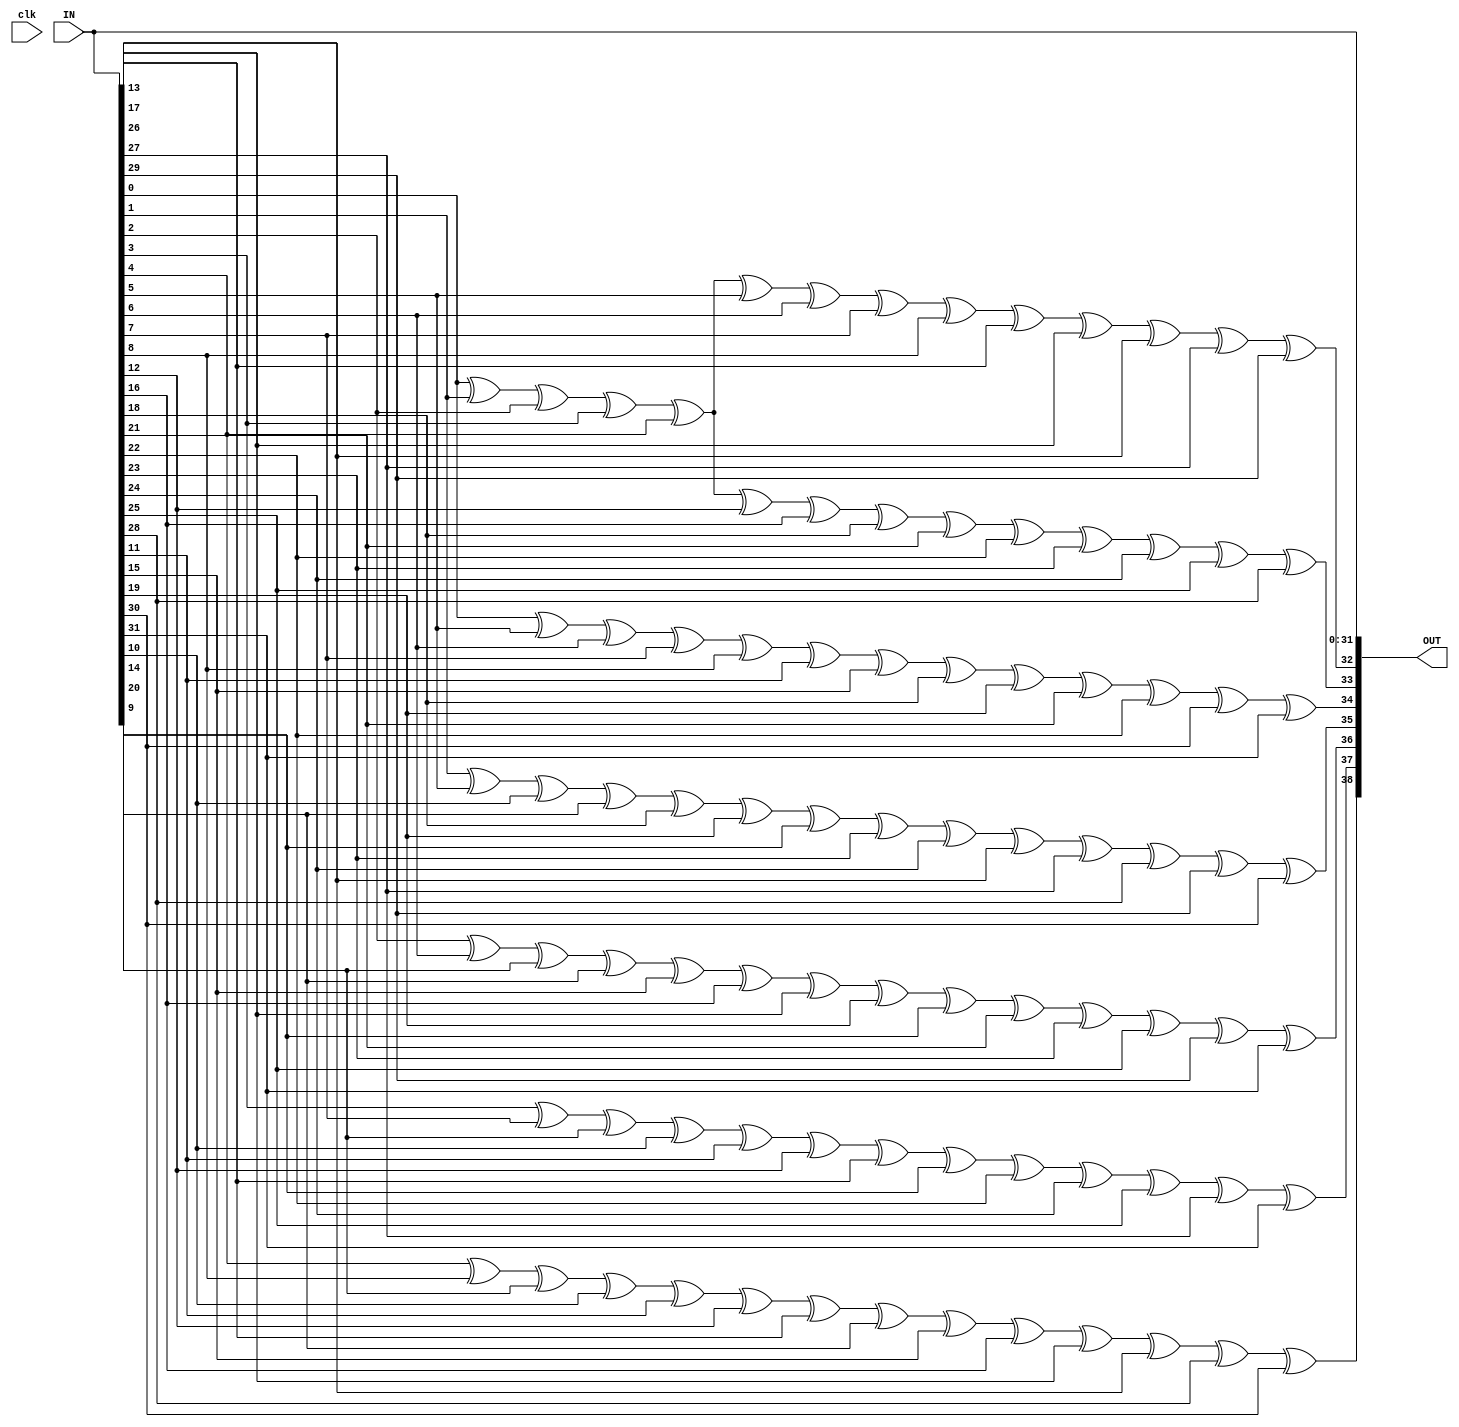
//
// Encoder for 32 bit SEC-DED
//
//

module enc_top (
    input [31:0] IN, 
    output reg [38:0] OUT,
    input clk   
);

    always @(*) begin
       OUT[31:0] <= IN[31:0];
       OUT[32] <= IN[0] ^ IN[1] ^ IN[2] ^ IN[3] ^ IN[4] ^ IN[5] ^ IN[6] ^ IN[7] ^ IN[8] ^ IN[13] ^ IN[17] ^ IN[26] ^ IN[27] ^ IN[29];
       OUT[33] <= IN[0] ^ IN[1] ^ IN[2] ^ IN[3] ^ IN[4] ^ IN[12] ^ IN[16] ^ IN[18] ^ IN[21] ^ IN[22] ^ IN[23] ^ IN[24] ^ IN[25] ^ IN[28];
       OUT[34] <= IN[0] ^ IN[5] ^ IN[6] ^ IN[7] ^ IN[8] ^ IN[11] ^ IN[15] ^ IN[18] ^ IN[19] ^ IN[21] ^ IN[22] ^ IN[30] ^ IN[31];
       OUT[35] <= IN[1] ^ IN[5] ^ IN[10] ^ IN[14] ^ IN[18] ^ IN[19] ^ IN[20] ^ IN[23] ^ IN[24] ^ IN[26] ^ IN[27] ^ IN[28] ^ IN[29] ^ IN[30];
       OUT[36] <= IN[2] ^ IN[6] ^ IN[9] ^ IN[14] ^ IN[15] ^ IN[16] ^ IN[17] ^ IN[19] ^ IN[20] ^ IN[21] ^ IN[23] ^ IN[25] ^ IN[29] ^ IN[31];
       OUT[37] <= IN[3] ^ IN[7] ^ IN[9] ^ IN[10] ^ IN[11] ^ IN[12] ^ IN[13] ^ IN[20] ^ IN[22] ^ IN[24] ^ IN[25] ^ IN[27] ^ IN[31];
       OUT[38] <= IN[4] ^ IN[8] ^ IN[9] ^ IN[10] ^ IN[11] ^ IN[12] ^ IN[13] ^ IN[14] ^ IN[15] ^ IN[16] ^ IN[17] ^ IN[26] ^ IN[28] ^ IN[30];
    end
endmodule